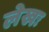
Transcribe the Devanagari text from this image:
लेखः